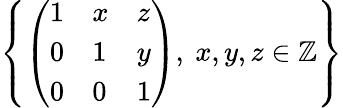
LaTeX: \left\{ {\left(\begin{array}{lll}{1}&{x}&{z}\\ {0}&{1}&{y}\\ {0}&{0}&{1}\end{array}\right)},\ x,y,z\in\mathbb{Z}\right\}